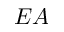
E A